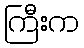
ကြီးက